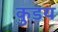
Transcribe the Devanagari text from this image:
कुडय